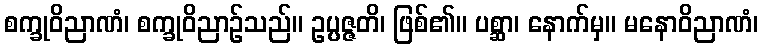
စက္ခုဝိညာဏံ၊ စက္ခုဝိညာဉ်သည်။ ဥပ္ပဇ္ဇတိ၊ ဖြစ်၏။ ပစ္ဆာ၊ နောက်မှ။ မနောဝိညာဏံ၊